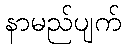
နာမည်ပျက်